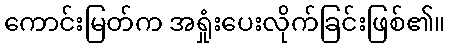
ကောင်းမြတ်က အရှုံးပေးလိုက်ခြင်းဖြစ်၏။